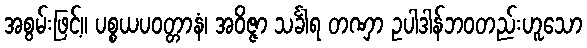
အစွမ်းဖြင့်။ ပစ္စယပဝတ္တာနံ၊ အဝိဇ္ဇာ သင်္ခါရ တဏှာ ဥပါဒါန်ဘဝတည်းဟူသော